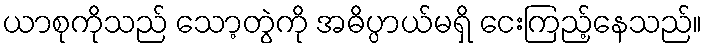
ယာစုကိုသည် သော့တွဲကို အဓိပ္ပာယ်မရှိ ငေးကြည့်နေသည်။